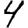
Digit: 4